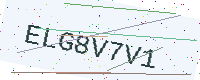
Text: ELG8V7V1